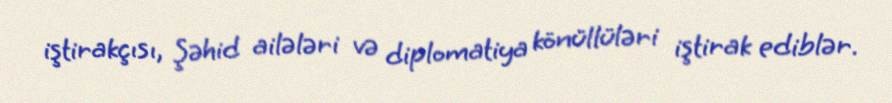
iştirakçısı, Şəhid ailələri və diplomatiya könüllüləri iştirak ediblər.